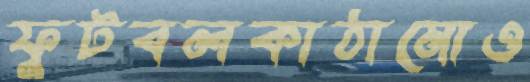
ফুটবলকাঠামোও